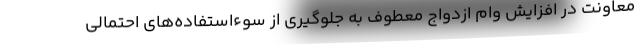
معاونت در افزایش وام ازدواج معطوف به جلوگیری از سوءاستفاده‌های احتمالی